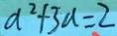
a ^ { 2 } + 3 a = 2